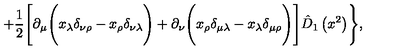
+ \frac 1 2 \Biggl [ \partial _ { \mu } \Biggl ( x _ { \lambda } \delta _ { \nu \rho } - x _ { \rho } \delta _ { \nu \lambda } \Biggr ) + \partial _ { \nu } \Biggl ( x _ { \rho } \delta _ { \mu \lambda } - x _ { \lambda } \delta _ { \mu \rho } \Biggr ) \Biggr ] \hat { D } _ { 1 } \left( x ^ { 2 } \right) \Biggr \} ,